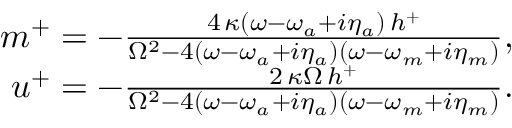
\begin{array} { r } { m ^ { + } = - \frac { 4 \, \kappa ( \omega - \omega _ { a } + i \eta _ { a } ) \, h ^ { + } } { \Omega ^ { 2 } - 4 ( \omega - \omega _ { a } + i \eta _ { a } ) ( \omega - \omega _ { m } + i \eta _ { m } ) } , } \\ { u ^ { + } = - \frac { 2 \, \kappa \Omega \, h ^ { + } } { \Omega ^ { 2 } - 4 ( \omega - \omega _ { a } + i \eta _ { a } ) ( \omega - \omega _ { m } + i \eta _ { m } ) } . } \end{array}